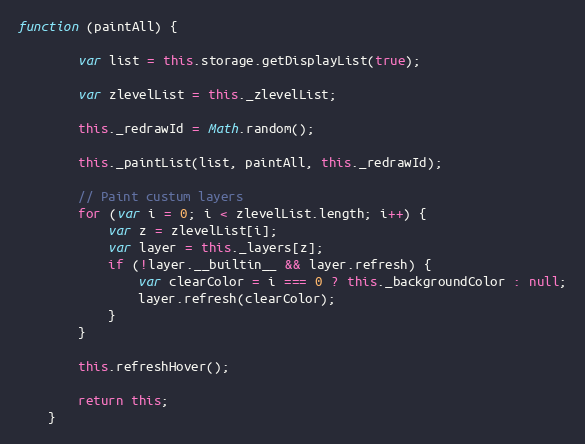
Language: JavaScript
function (paintAll) {

        var list = this.storage.getDisplayList(true);

        var zlevelList = this._zlevelList;

        this._redrawId = Math.random();

        this._paintList(list, paintAll, this._redrawId);

        // Paint custum layers
        for (var i = 0; i < zlevelList.length; i++) {
            var z = zlevelList[i];
            var layer = this._layers[z];
            if (!layer.__builtin__ && layer.refresh) {
                var clearColor = i === 0 ? this._backgroundColor : null;
                layer.refresh(clearColor);
            }
        }

        this.refreshHover();

        return this;
    }